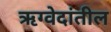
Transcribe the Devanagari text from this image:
ऋग्वेदांतील